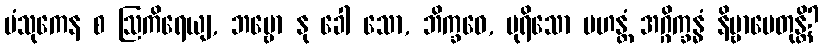
ပံသုကေန စ ဩကိရေယျ, ဘဗ္ဗော နု ခေါ သော, ဘိက္ခဝေ, ပုရိသော မဟန္တံ အဂ္ဂိက္ခန္ဓံ နိဗ္ဗာပေတုန္တိ?